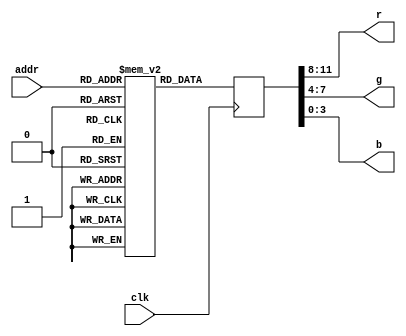
module ram(addr, clk,r,g,b);
	input [18:0] addr;
	input clk;
	output [3:0] r,g,b;
	
	(* ram_init_file = "pic.mif" *) reg [11:0] ram [327679:0];
	reg [11:0] tmp;
	

	always @(posedge clk)
	begin
		tmp <= ram[addr];
	end
	
	assign r = tmp[11:8];
	assign g = tmp[7:4];
	assign b = tmp[3:0];
endmodule